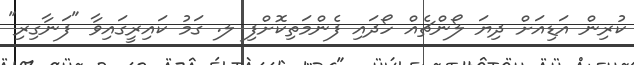
ކުރިން އަޑިއަށް ދިޔަ ލޯންޗެއް ހޯދައި ފެންމަތިކޮށްފި ލ. ގަމު ކައިރީގައިވާ "ފަނާގިރި"